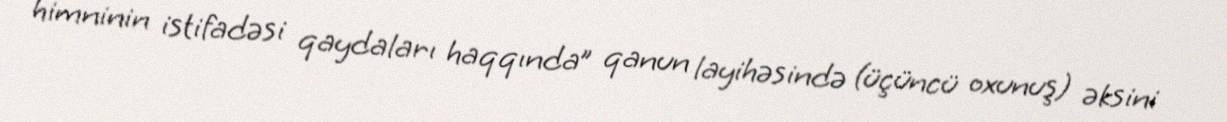
himninin istifadəsi qaydaları haqqında” qanun layihəsində (üçüncü oxunuş) əksini